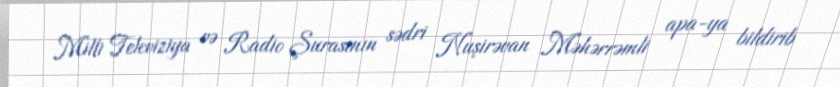
Milli Televiziya və Radio Şurasının sədri Nuşirəvan Məhərrəmli apa-ya bildirib